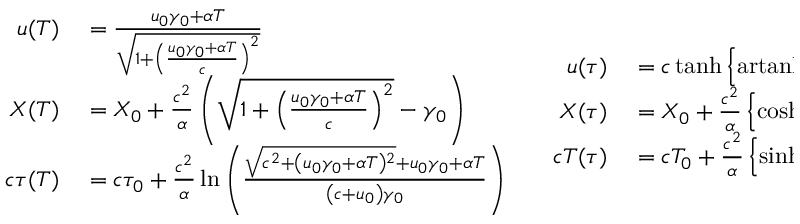
\scriptstyle { \begin{array} { c c } { { \begin{array} { r l } { u ( T ) } & { { } = { \frac { u _ { 0 } \gamma _ { 0 } + \alpha T } { \sqrt { 1 + \left( { \frac { u _ { 0 } \gamma _ { 0 } + \alpha T } { c } } \right) ^ { 2 } } } } \quad } \\ { X ( T ) } & { { } = X _ { 0 } + { \frac { c ^ { 2 } } { \alpha } } \left( { \sqrt { 1 + \left( { \frac { u _ { 0 } \gamma _ { 0 } + \alpha T } { c } } \right) ^ { 2 } } } - \gamma _ { 0 } \right) } \\ { c \tau ( T ) } & { { } = c \tau _ { 0 } + { \frac { c ^ { 2 } } { \alpha } } \ln \left( { \frac { { \sqrt { c ^ { 2 } + \left( u _ { 0 } \gamma _ { 0 } + \alpha T \right) { } ^ { 2 } } } + u _ { 0 } \gamma _ { 0 } + \alpha T } { \left( c + u _ { 0 } \right) \gamma _ { 0 } } } \right) } \end{array} } } & { { \begin{array} { r l } { u ( \tau ) } & { { } = c \operatorname { t a n h } \left\{ \operatorname { a r t a n h } \left( { \frac { u _ { 0 } } { c } } \right) + { \frac { \alpha \tau } { c } } \right\} } \\ { X ( \tau ) } & { { } = X _ { 0 } + { \frac { c ^ { 2 } } { \alpha } } \left\{ \cosh \left[ \operatorname { a r t a n h } \left( { \frac { u _ { 0 } } { c } } \right) + { \frac { \alpha \tau } { c } } \right] - \gamma _ { 0 } \right\} } \\ { c T ( \tau ) } & { { } = c T _ { 0 } + { \frac { c ^ { 2 } } { \alpha } } \left\{ \sinh \left[ \operatorname { a r t a n h } \left( { \frac { u _ { 0 } } { c } } \right) + { \frac { \alpha \tau } { c } } \right] - { \frac { u _ { 0 } \gamma _ { 0 } } { c } } \right\} } \end{array} } } \end{array} }